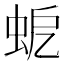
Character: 𧉵